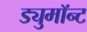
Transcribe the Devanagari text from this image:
ड्युमाॅन्ट